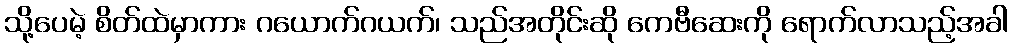
သို့ပေမဲ့ စိတ်ထဲမှာကား ဂယောက်ဂယက်၊ သည်အတိုင်းဆို ကေဗီဆေးကို ရောက်လာသည့်အခါ